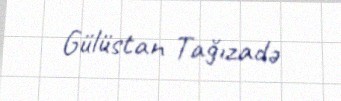
Gülüstan Tağızadə